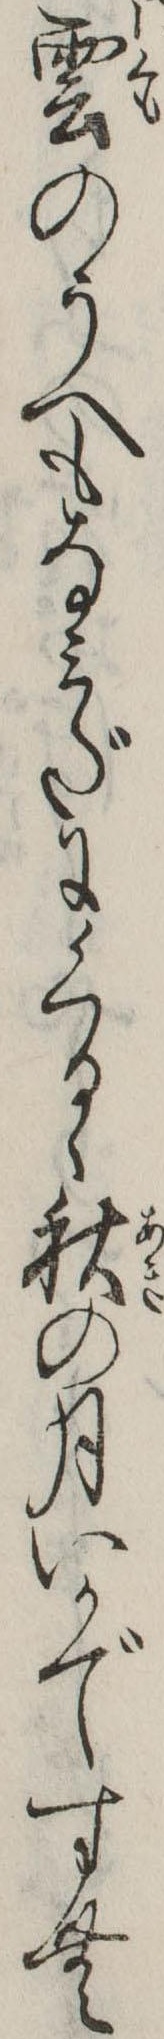
雲のうへもなみだにくるゝ秋の月いかですむ